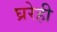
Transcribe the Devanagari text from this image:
घ्ररेही